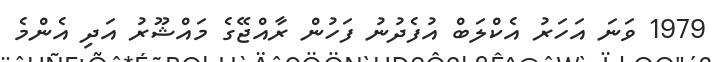
1979 ވަނަ އަހަރު އެކްލަބް އުފެދުނު ފަހުން ރާއްޖޭގެ މައްޝޫރު އަދި އެންމެ